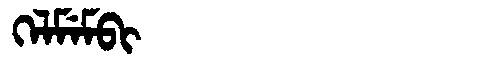
Manchu: ᡴᡝᠯᠮᡝᠮᠪᡳ
Romanization: KELMEMBI